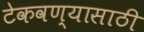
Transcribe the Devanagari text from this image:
टेकवण्यासाठी